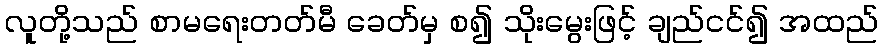
လူတို့သည် စာမရေးတတ်မီ ခေတ်မှ စ၍ သိုးမွေးဖြင့် ချည်ငင်၍ အထည်